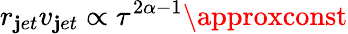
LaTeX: r_{\mathbf{j}et}v_{\mathbf{j}et}\propto\tau^{2\alpha-1}\approxconst